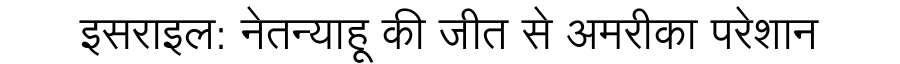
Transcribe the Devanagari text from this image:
इसराइल: नेतन्याहू की जीत से अमरीका परेशान